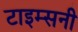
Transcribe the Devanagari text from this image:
टाइम्सनी